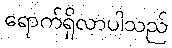
ရောက်ရှိလာပါသည်